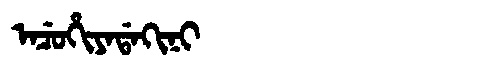
Manchu: ᠠᠴᡠᡥᡳᠶᠠᡩᠠᡴᡳᠨᡳ
Romanization: ACUHIYADAKINI